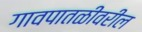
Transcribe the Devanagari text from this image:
गावपातळीवरील